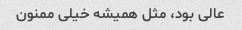
عالی بود، مثل همیشه خیلی ممنون